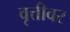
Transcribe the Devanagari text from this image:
वृत्तीवर